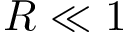
R \ll 1